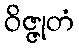
ဝိဇ္ဇုတံ